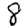
Digit: 8